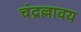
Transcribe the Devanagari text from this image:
चंद्रल्लावय